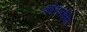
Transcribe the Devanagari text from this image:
कोरलईचा